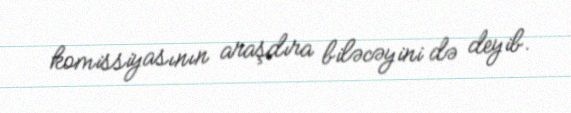
komissiyasının araşdıra biləcəyini də deyib.